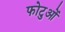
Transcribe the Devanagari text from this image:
फोटुओं